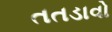
તતડાવો